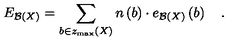
E _ { { \cal B } \left( X \right) } = \sum _ { b \in z _ { \max } \left( X \right) } n \left( b \right) \cdot e _ { { \cal B } \left( X \right) } \left( b \right) \quad .